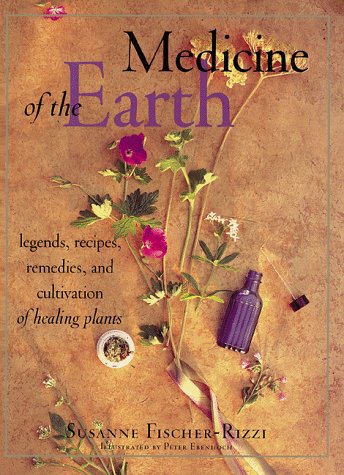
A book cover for Medicine of the Earth: Legends, Recipes, Remedies, and Cultivation of Healing Plants; Susanne Fischer-Rizzi; Medical Books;